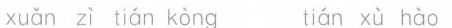
xuǎn zì tián kòng tián xù hào